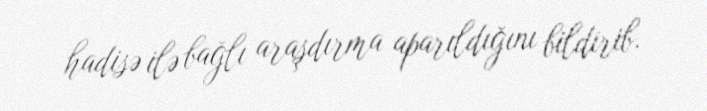
hadisə ilə bağlı araşdırma aparıldığını bildirib.